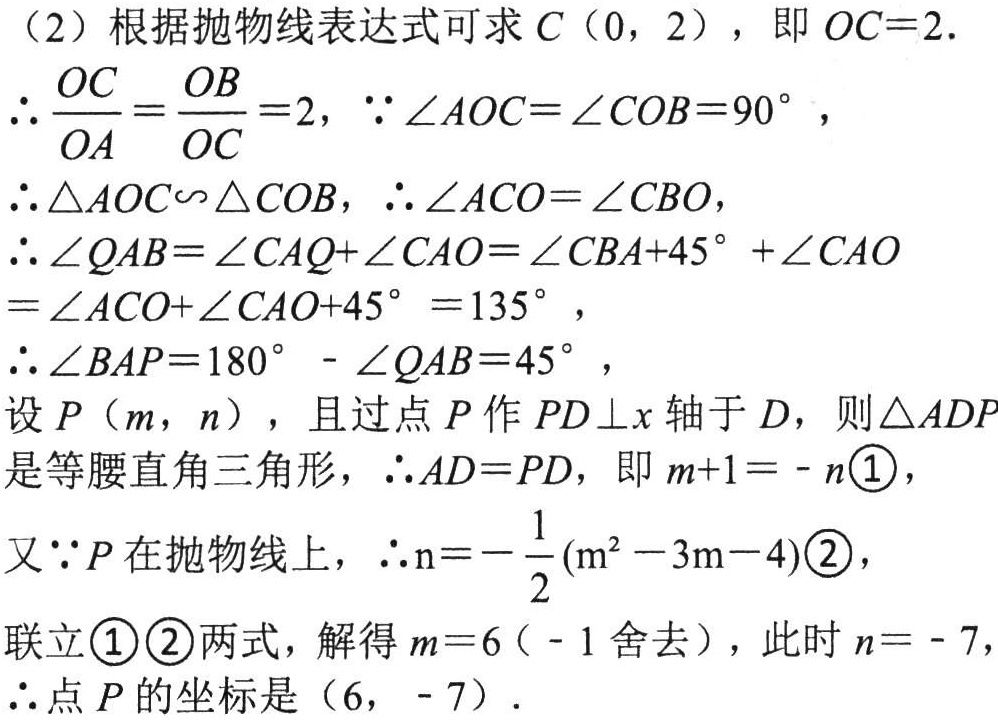
（2）根据抛物线表达式可求\(C(0,2)\)，即\(OC = 2\).

\(\therefore\frac{OC}{OA}=\frac{OB}{OC}=2\)，\(\because\angle AOC=\angle COB = 90^{\circ}\)，

\(\therefore\triangle AOC\sim\triangle COB\)，\(\therefore\angle ACO=\angle CBO\)，

\(\therefore\angle QAB=\angle CAQ+\angle CAO=\angle CBA + 45^{\circ}+\angle CAO\)

\(=\angle ACO+\angle CAO + 45^{\circ}=135^{\circ}\)，

\(\therefore\angle BAP=180^{\circ}-\angle QAB = 45^{\circ}\)，

设\(P(m,n)\)，且过点\(P\)作\(PD\perp x\)轴于\(D\)，则\(\triangle ADP\)是等腰直角三角形，\(\therefore AD = PD\)，即\(m + 1=-n\)\textcircled{1}，

又\(\because P\)在抛物线上，\(\therefore n=-\frac{1}{2}(m^{2}-3m - 4)\)\textcircled{2}，

联立\textcircled{1}\textcircled{2}两式，解得\(m = 6(-1\)舍去\()\)，此时\(n=-7\)，

\(\therefore\)点\(P\)的坐标是\((6,-7)\).